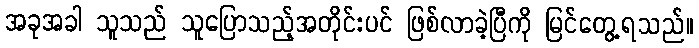
အခုအခါ သူသည် သူပြောသည့်အတိုင်းပင် ဖြစ်လာခဲ့ပြီကို မြင်တွေ့ရသည်။